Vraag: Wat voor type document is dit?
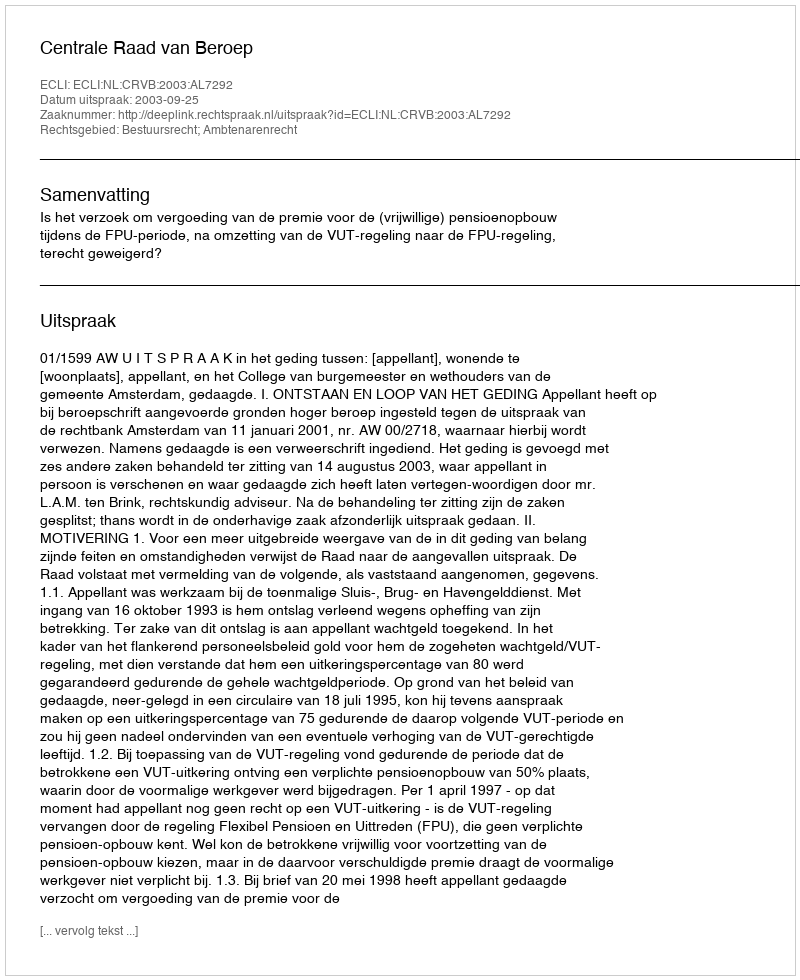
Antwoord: Uitspraak